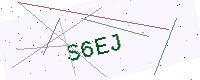
Text: S6EJ